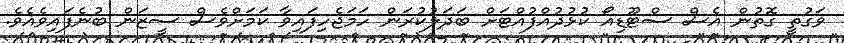
ވަގުތީ ގޮތުން އެސް ސްޓޫޑިއޯ ކުޅުދުއްފުއްޓަށް ބަދަލުކުރަން ހަމަޖެހިފައިވާ ކަމަށްވެސް ސީޒަން ބުނެފައިވެއެވެ.